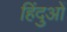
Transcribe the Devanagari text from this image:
हिंदुओें